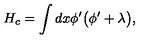
H _ { c } = \int d x \phi ^ { \prime } \bigl ( \phi ^ { \prime } + \lambda \bigr ) ,